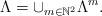
LaTeX: \begin{align*}\Lambda = \cup_{m\in \mathbb{N}^2} \Lambda^m. \end{align*}